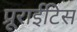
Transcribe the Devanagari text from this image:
प्रूराईटिस